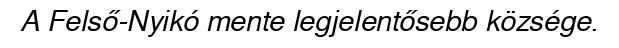
A Felső-Nyikó mente legjelentősebb községe.